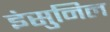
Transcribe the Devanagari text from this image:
इंसुनिल